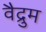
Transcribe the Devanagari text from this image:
वैद्रुम